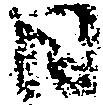
日